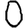
Digit: 0